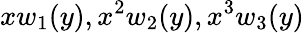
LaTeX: xw_{1}(y),x^{2}w_{2}(y),x^{3}w_{3}(y)